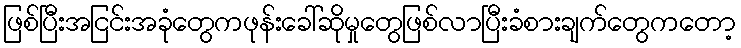
ဖြစ်ပြီးအငြင်းအခုံတွေကဖုန်းခေါ်ဆိုမှုတွေဖြစ်လာပြီးခံစားချက်တွေကတော့